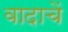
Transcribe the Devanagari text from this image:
वादाचें